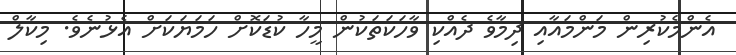
އެންމެކުރިން މަންމައާއި ދިމާވެ ދެއްކި ވާހަކަތަކުން މީހާ ކުޑަކޮށް ހަމަޔަކަށް އެޅުނެވެ. މިކާލް